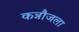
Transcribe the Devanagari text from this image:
कन्नौजला